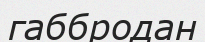
габбродан